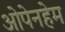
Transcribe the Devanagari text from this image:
ओपेनहेम